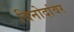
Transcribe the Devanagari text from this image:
विनोदांवर